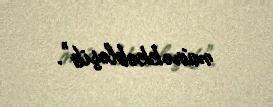
mürəkkəbləşib".